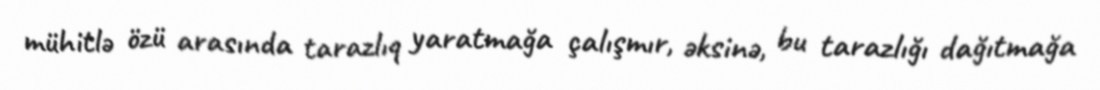
mühitlə özü arasında tarazlıq yaratmağa çalışmır, əksinə, bu tarazlığı dağıtmağa